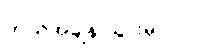
ဘယ်အချိန် သွားမှာလဲ။